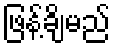
ဖြန့်ချိမည်